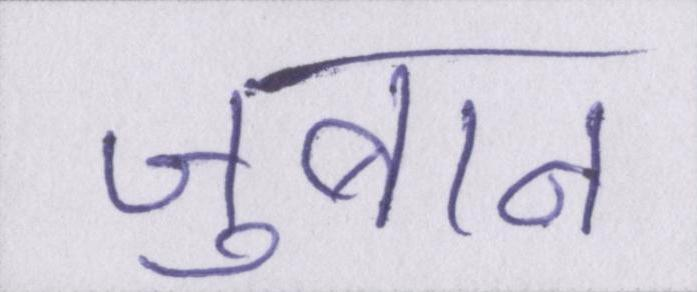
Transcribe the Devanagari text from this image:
ज़ुबान